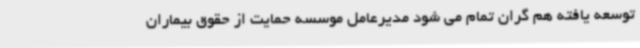
توسعه یافته هم گران تمام می شود مدیرعامل موسسه حمایت از حقوق بیماران